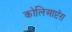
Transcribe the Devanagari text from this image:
कोलिआप्टॅरा